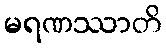
မရဏဿာတိ